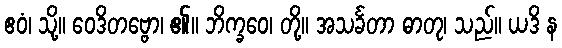
ဧဝံ၊ သို့။ ဝေဒိတဗ္ဗော၊ ၏။ ဘိက္ခဝေ၊ တို့။ အသင်္ခတာ ဓာတု၊ သည်။ ယဒိ န